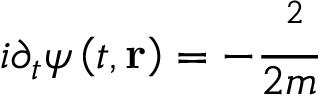
i \partial _ { t } \psi \left( t , \mathbf { r } \right) = - \frac { \mathbf { \nabla } ^ { 2 } } { 2 m }